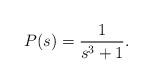
LaTeX: \begin{align*} P(s) = \frac{1}{s^3+1}.\end{align*}